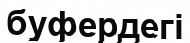
буфердегі